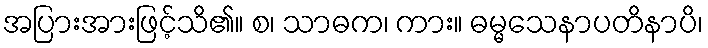
အပြားအားဖြင့်သိ၏။ စ၊ သာဓက၊ ကား။ ဓမ္မသေနာပတိနာပိ၊